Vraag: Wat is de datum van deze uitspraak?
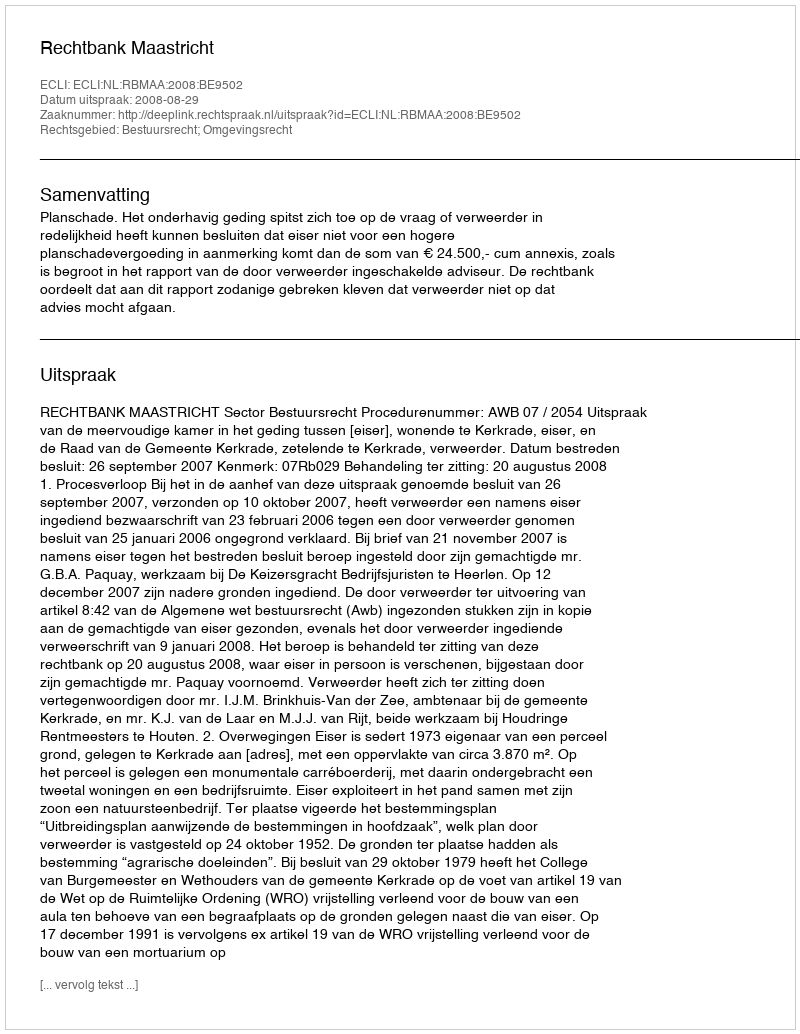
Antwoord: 2008-08-29